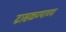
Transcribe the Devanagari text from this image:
ढासळण्याच्या